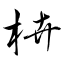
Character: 枿